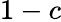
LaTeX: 1-c